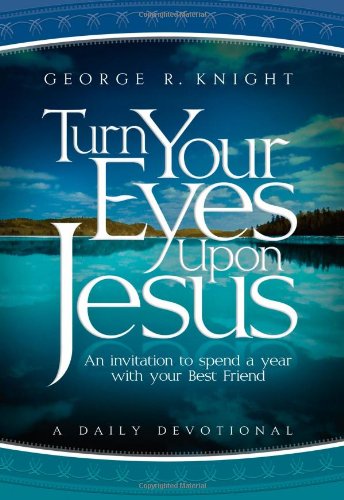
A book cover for Turn Your Eyes Upon Jesus; George R. Knight; Christian Books & Bibles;